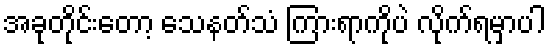
အခုတိုင်းတော့ သေနတ်သံ ကြားရာကိုပဲ လိုက်ရမှာပါ